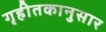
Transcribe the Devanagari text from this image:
गृहीतकानुसार